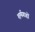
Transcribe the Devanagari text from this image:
शर्मगाहों